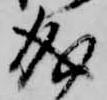
成